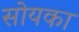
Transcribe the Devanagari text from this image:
सोयका